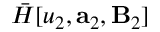
\bar { H } [ u _ { 2 } , \mathbf { a } _ { 2 } , \mathbf { B } _ { 2 } ]